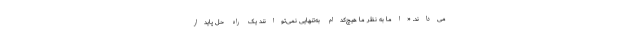
می‌داند. «اما به نظر ما هیچ‌کدام به‌تنهایی نمی‌توانند یک راه حل پایدار